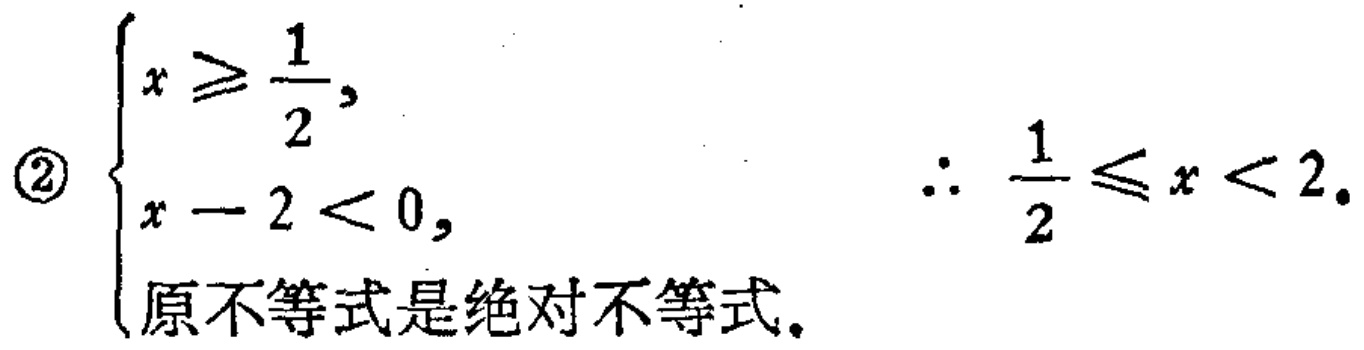
\textcircled{2}$\begin{cases}
x\geqslant\frac{1}{2},\\
x - 2 < 0,\\
\text{原不等式是绝对不等式.}
\end{cases}$ $\therefore \frac{1}{2}\leqslant x < 2.$